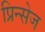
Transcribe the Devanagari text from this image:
प्रिन्सेज